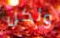
ولكن